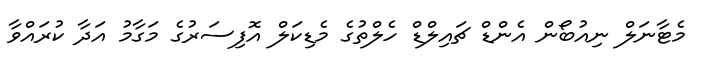
މެޓާނަލް ނިއުބޯން އެންޑް ޗައިލްޑް ހެލްތުގެ މެޑިކަލް އޮފިސަރުގެ މަގާމު އަދާ ކުރައްވާ